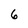
Character: 6